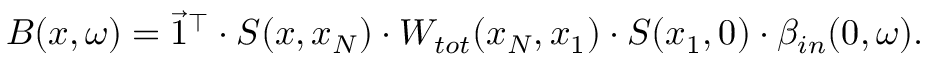
B ( x , \omega ) = \vec { 1 } ^ { \top } \cdot S ( x , x _ { N } ) \cdot W _ { t o t } ( x _ { N } , x _ { 1 } ) \cdot S ( x _ { 1 } , 0 ) \cdot \beta _ { i n } ( 0 , \omega ) .